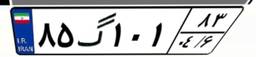
۲۰گ۹۵۶۴۵